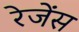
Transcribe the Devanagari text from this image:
रेजेंस